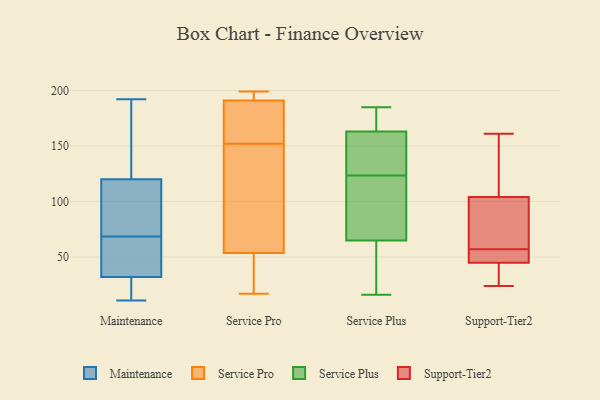
{"axis": {"x": "LTV (USD)", "y": "Value"}, "legend": ["Maintenance", "Service Plus", "Service Pro", "Support-Tier2"], "data": [{"x": "", "y": 174, "type": "Maintenance"}, {"x": "", "y": 33, "type": "Maintenance"}, {"x": "", "y": 192, "type": "Maintenance"}, {"x": "", "y": 32, "type": "Maintenance"}, {"x": "", "y": 70, "type": "Maintenance"}, {"x": "", "y": 163, "type": "Maintenance"}, {"x": "", "y": 68, "type": "Maintenance"}, {"x": "", "y": 93, "type": "Maintenance"}, {"x": "", "y": 69, "type": "Maintenance"}, {"x": "", "y": 11, "type": "Maintenance"}, {"x": "", "y": 138, "type": "Maintenance"}, {"x": "", "y": 26, "type": "Maintenance"}, {"x": "", "y": 23, "type": "Maintenance"}, {"x": "", "y": 91, "type": "Maintenance"}, {"x": "", "y": 46, "type": "Maintenance"}, {"x": "", "y": 120, "type": "Maintenance"}, {"x": "", "y": 23, "type": "Maintenance"}, {"x": "", "y": 35, "type": "Maintenance"}, {"x": "", "y": 121, "type": "Service Pro"}, {"x": "", "y": 192, "type": "Service Pro"}, {"x": "", "y": 166, "type": "Service Pro"}, {"x": "", "y": 152, "type": "Service Pro"}, {"x": "", "y": 35, "type": "Service Pro"}, {"x": "", "y": 197, "type": "Service Pro"}, {"x": "", "y": 199, "type": "Service Pro"}, {"x": "", "y": 188, "type": "Service Pro"}, {"x": "", "y": 53, "type": "Service Pro"}, {"x": "", "y": 17, "type": "Service Pro"}, {"x": "", "y": 56, "type": "Service Pro"}, {"x": "", "y": 16, "type": "Service Plus"}, {"x": "", "y": 184, "type": "Service Plus"}, {"x": "", "y": 20, "type": "Service Plus"}, {"x": "", "y": 126, "type": "Service Plus"}, {"x": "", "y": 185, "type": "Service Plus"}, {"x": "", "y": 33, "type": "Service Plus"}, {"x": "", "y": 121, "type": "Service Plus"}, {"x": "", "y": 97, "type": "Service Plus"}, {"x": "", "y": 142, "type": "Service Plus"}, {"x": "", "y": 152, "type": "Service Plus"}, {"x": "", "y": 120, "type": "Service Plus"}, {"x": "", "y": 174, "type": "Service Plus"}, {"x": "", "y": 129, "type": "Support-Tier2"}, {"x": "", "y": 45, "type": "Support-Tier2"}, {"x": "", "y": 161, "type": "Support-Tier2"}, {"x": "", "y": 66, "type": "Support-Tier2"}, {"x": "", "y": 104, "type": "Support-Tier2"}, {"x": "", "y": 48, "type": "Support-Tier2"}, {"x": "", "y": 48, "type": "Support-Tier2"}, {"x": "", "y": 45, "type": "Support-Tier2"}, {"x": "", "y": 24, "type": "Support-Tier2"}, {"x": "", "y": 66, "type": "Support-Tier2"}]}